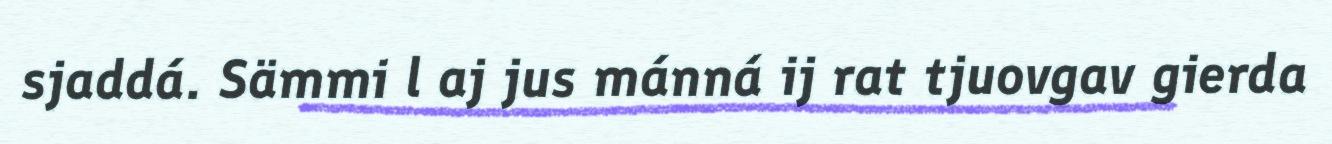
sjaddá. Sämmi l aj jus mánná ij rat tjuovgav gierda